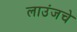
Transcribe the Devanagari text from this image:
लाउंजचे